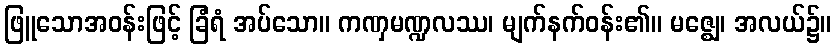
ဖြူသောအဝန်းဖြင့် ခြံရံ အပ်သော။ ကဏှမဏ္ဍလဿ၊ မျက်နက်ဝန်း၏။ မဇ္ဈေ၊ အလယ်၌။